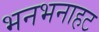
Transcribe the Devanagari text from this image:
भनभनाहट